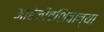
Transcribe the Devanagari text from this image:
आहेजीवशिवाच्या